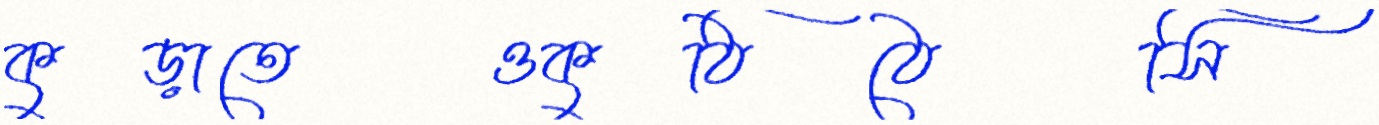
কুড়াতেওকুঠিঠেসি